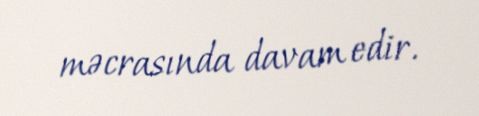
məcrasında davam edir.